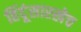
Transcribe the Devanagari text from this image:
हिंदूंसारखेच